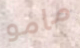
مامو